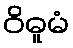
ဝိဓူမံ